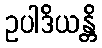
ဥပါဒိယန္တိ